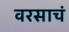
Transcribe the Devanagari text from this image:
वरसाचं